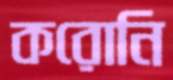
করোনি